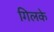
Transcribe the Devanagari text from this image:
गिलके